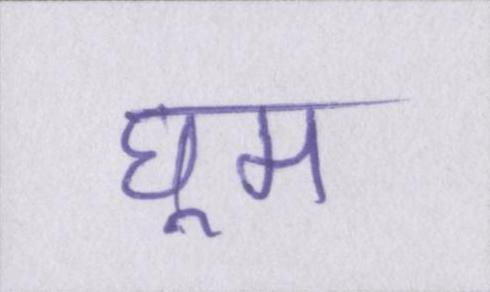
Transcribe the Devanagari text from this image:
घूम